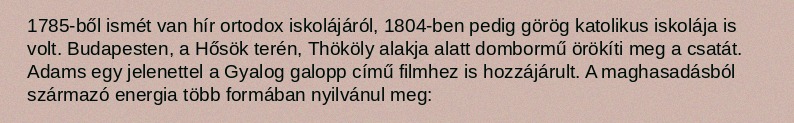
1785-ből ismét van hír ortodox iskolájáról, 1804-ben pedig görög katolikus iskolája is volt. Budapesten, a Hősök terén, Thököly alakja alatt dombormű örökíti meg a csatát. Adams egy jelenettel a Gyalog galopp című filmhez is hozzájárult. A maghasadásból származó energia több formában nyilvánul meg: